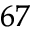
^ { 6 7 }